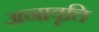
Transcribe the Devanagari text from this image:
अनावृत्ति